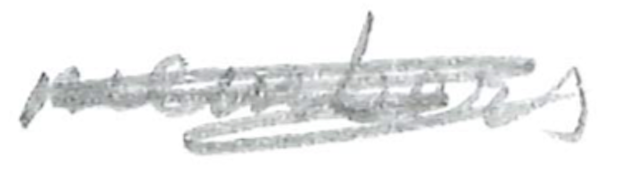
Text: members
Cross-out: scratch
Writing tool: pencil